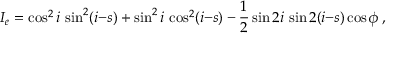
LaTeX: I _ { e } = \cos ^ { 2 } i \, \sin ^ { 2 } ( i { - } s ) + \sin ^ { 2 } i \, \cos ^ { 2 } ( i { - } s ) - { \frac { 1 } { 2 } } \sin 2 i \, \sin 2 ( i { - } s ) \cos \phi \, ,